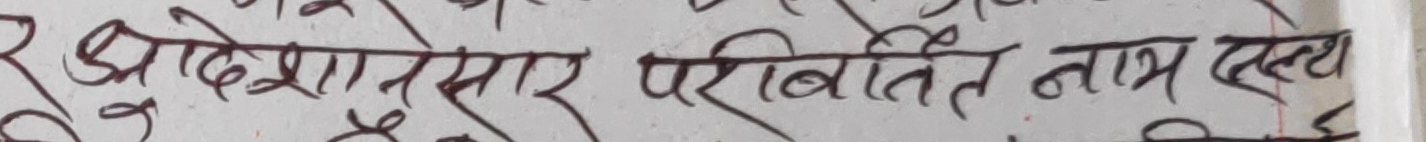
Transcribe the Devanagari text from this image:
प्रदेशानुसार परिवर्तित नाम एठ